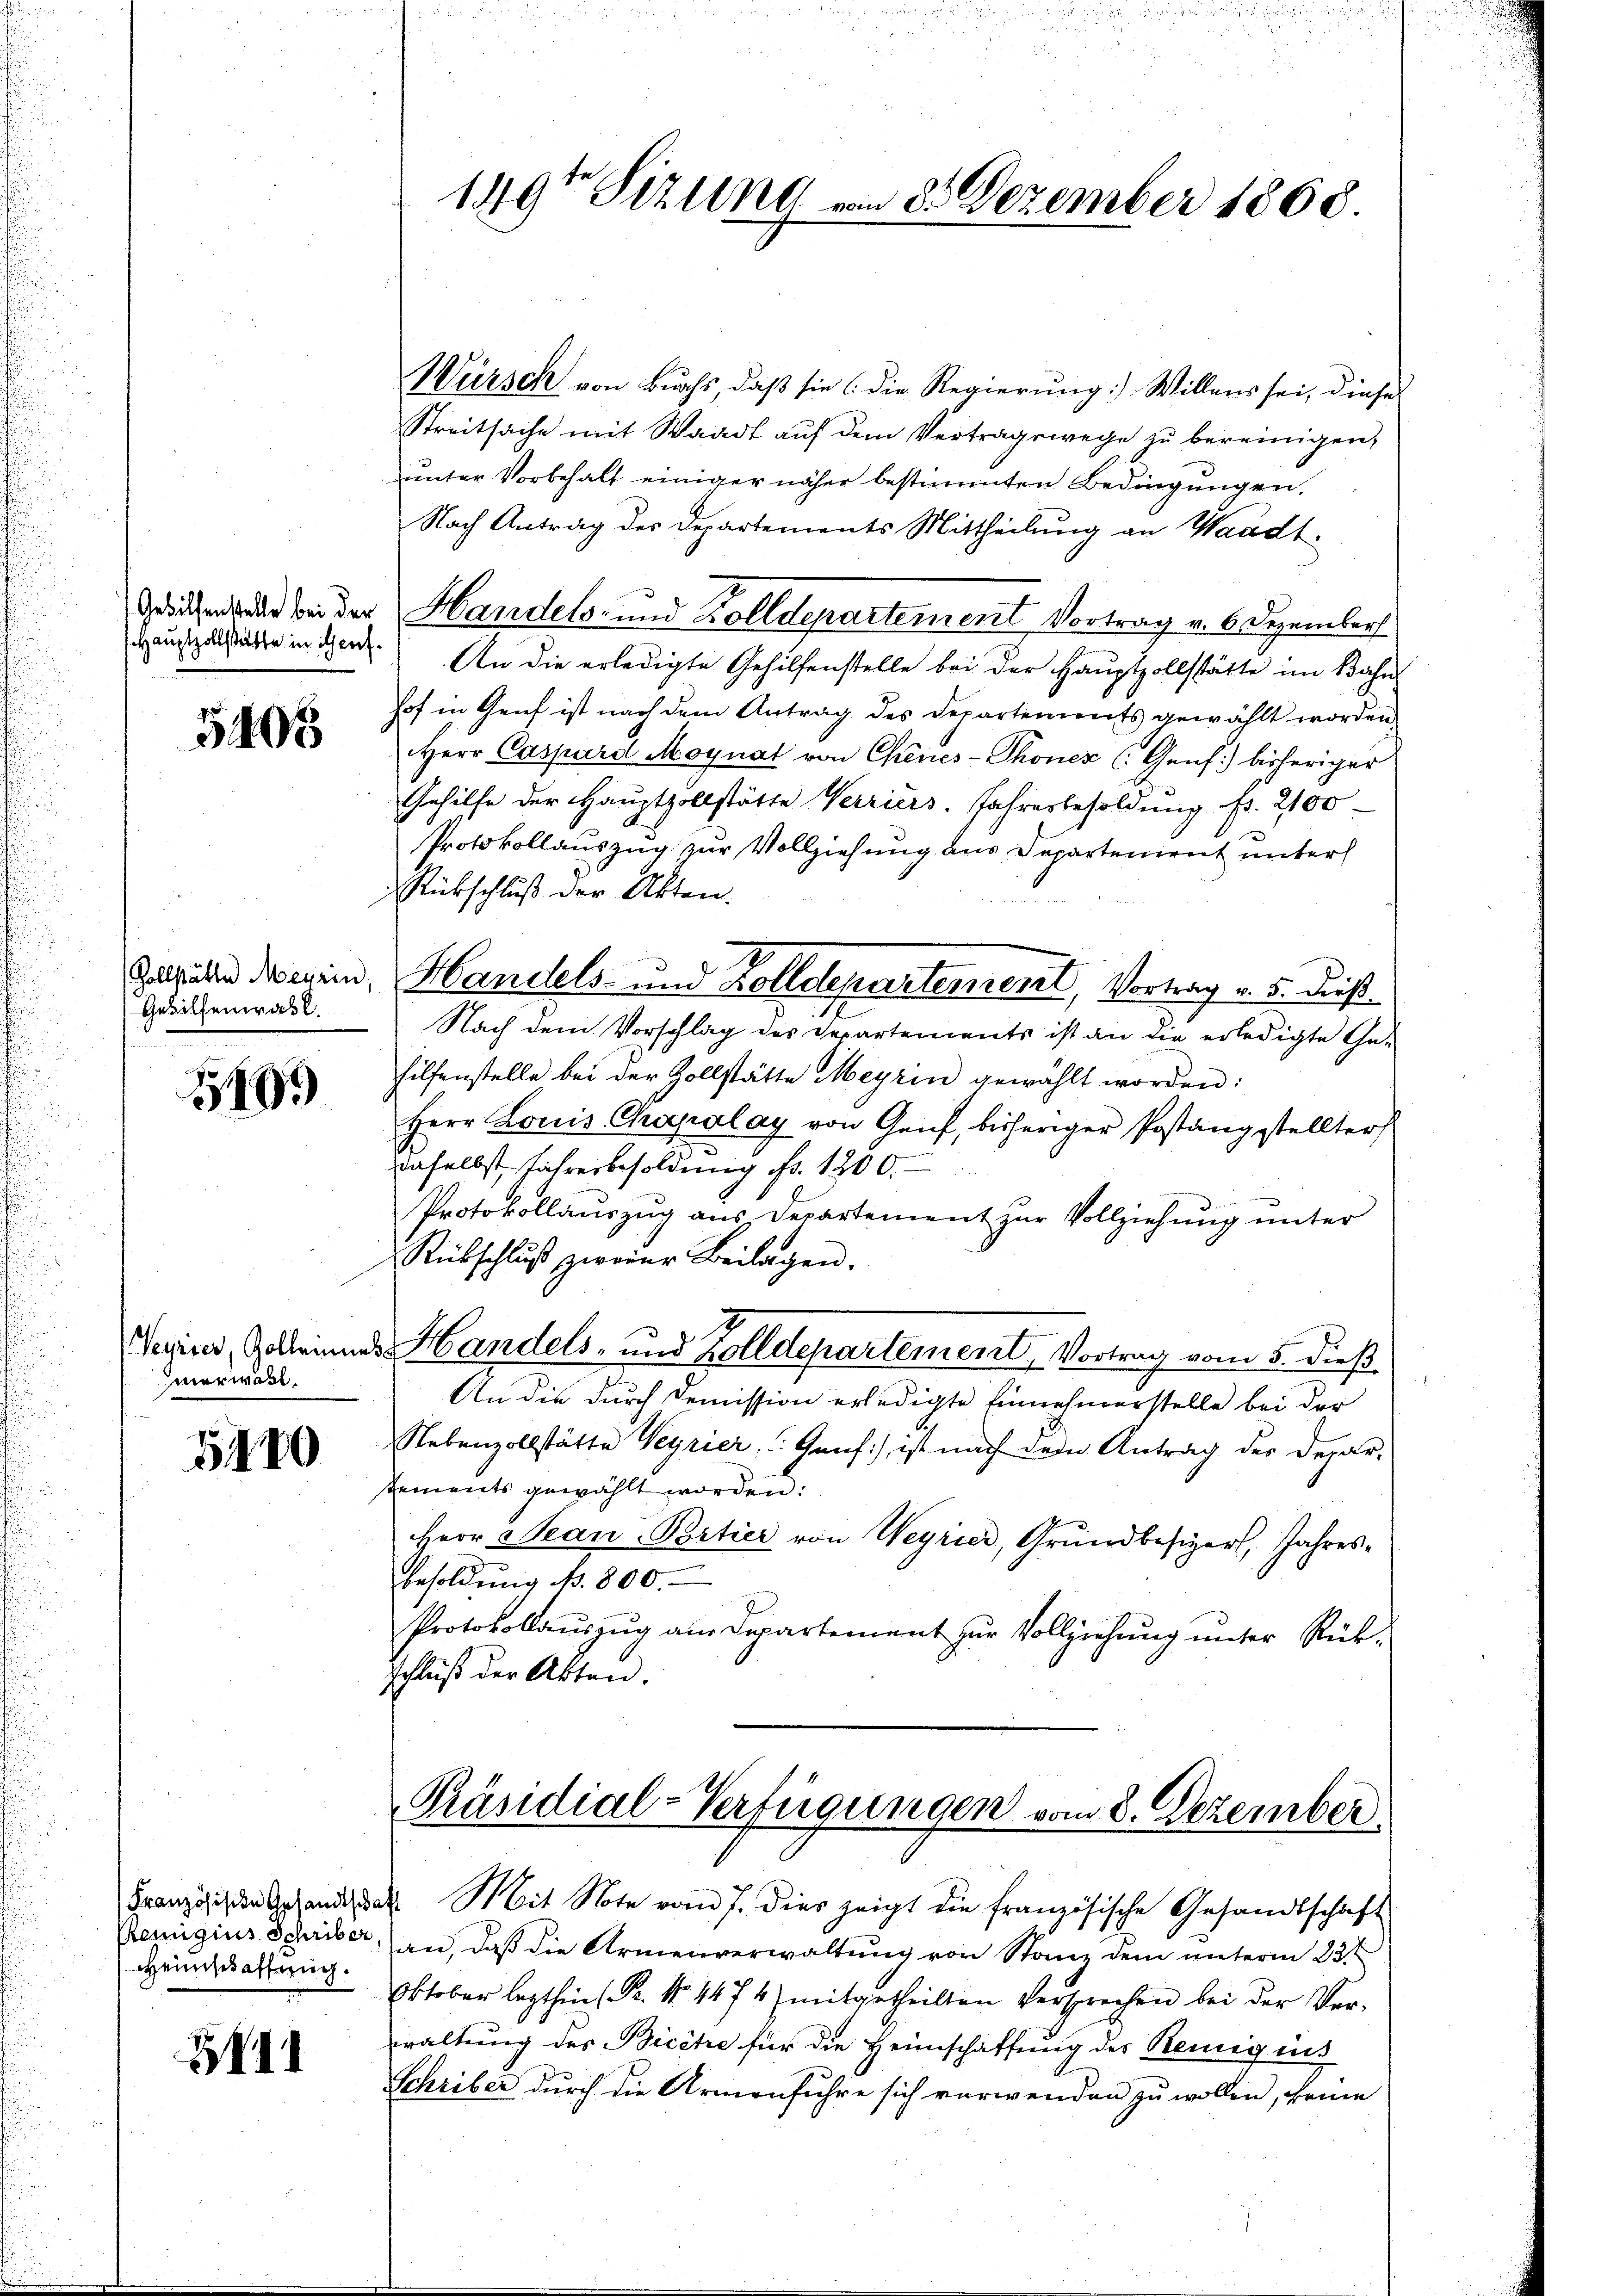
5405

(Zollstätte Meyrin,
Gehilfenwasl.

1799.

merwähl

5110

Heimschaftung.

211

1491 Sizung von 25 Dezember 1868.

Würsch von Buchs, daß sie (die Regierung) Willens sei, diese
Streitsache mit Waadt auf dem Vertragswege zu bereinigen,
unter Vorbehalt einiger näher bestimmten Bedingungen,
Nach Antrag des Departements Mittheilung an Waadt.
Hauszustatte in Ferd. An die erledigte Gehilfenstelle bei der Hauptzollstätte im Bahn
hof in Genf ist nach dem Antrag des Departements gewählt worden.
Herr Caspard Moynat von Chenes-Thoner (Genf) bisheriger
Gehilfe der Hauptzollstätte Verriers. Jahresbesoldung fr. 2100
Protokollauszug zur Vollziehung aus Departement unter
Rückschluß der Akten.
Nach dem Vorschlag des Departements ist an die erledigte Gehilfenstelle bei der Zollstätte Meyrin gewählt worden:
Herr Louis Chapalay von Genf, bisheriger Postangestellter
daselbst, Jahresbesoldung fr. 1200.
Protokollauszug aus Departement zur Vollziehung unter
Rübschlŭβ zweier Beilagen.
Vegier, Zolleines Handels- und Zolldepartement, Vortrag vom 5. dieß¬
An die durch Demission erledigte Einnehmerstelle bei der
Nebenzollstätte Veyrier, Genf) ist nach dem Antrag des Depar-
tements gewählt worden:
Herr Jean Portier von Weyrier, Grundbesizer, Jahres¬
Besoldung Nr. 800.
Protokollaŭszŭg am Departement zŭr Vollziehŭng ŭnter Rück-
schluß der Akten.

Geschen und bei der Handels- und Zolldepartement Vortrag v. 6. Dezember

Handels- und Zolldepartement, Vortrag v. 5. dieß¬

Präsidial-Verfügungen vom 8. Dezember

Französischen Gesandten Mit Note vom 7. dies zeigt die französische Gesandtschaft
Remigius Schriber, an, daß die Armenverwaltung von Stanz dem unterm 23.
Oktober lezthin (Pr. No. 447 4) mitgetheilten Versprechen bei der Ver-
waltung des Bicche für die Heimschaffung des Remigius
Schriber durch die Armenführe sich verwenden zu wollen, keine